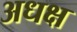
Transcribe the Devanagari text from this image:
अधक्ष